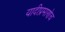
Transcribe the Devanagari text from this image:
यादीप्रमाणेच